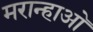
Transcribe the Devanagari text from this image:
मरान्हाओ